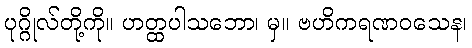
ပုဂ္ဂိုလ်တို့ကို။ ဟတ္ထပါသဘော၊ မှ။ ဗဟိကရဏဝသေန၊